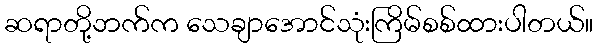
ဆရာတို့ဘက်က သေချာအောင်သုံးကြိမ်စစ်ထားပါတယ်။